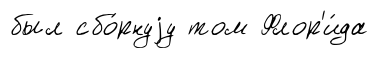
был сбо́рнуjу том Флор'и́да